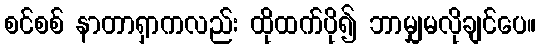
စင်စစ် နာတာရှာကလည်း ထိုထက်ပို၍ ဘာမျှမလိုချင်ပေ။